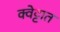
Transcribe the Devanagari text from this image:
क्वेट्टात